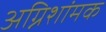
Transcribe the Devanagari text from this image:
अग्निशांमक